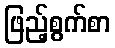
ဖြည့်စွက်စာ